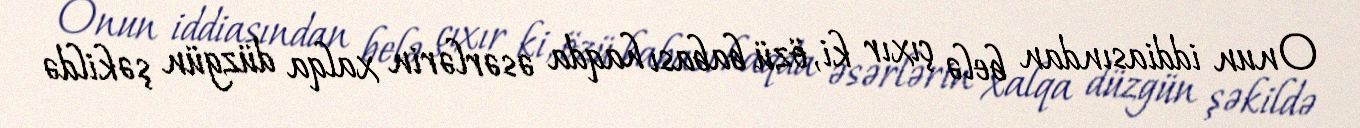
Onun iddiasından belə çıxır ki, özü babası haqda əsərlərin xalqa düzgün şəkildə